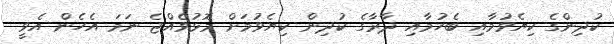
ކުދިންގެ ކިޔެވުމާއި ބެހުމާއި ދާރާގެ ކުދިން ކިޔެވުމަށް މޮޅުވެއްޖެ ނަމަ އެހެން އެވީ